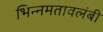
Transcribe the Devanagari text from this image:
भिन्नमतावलंबी